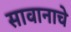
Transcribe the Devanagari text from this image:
सावानाचे